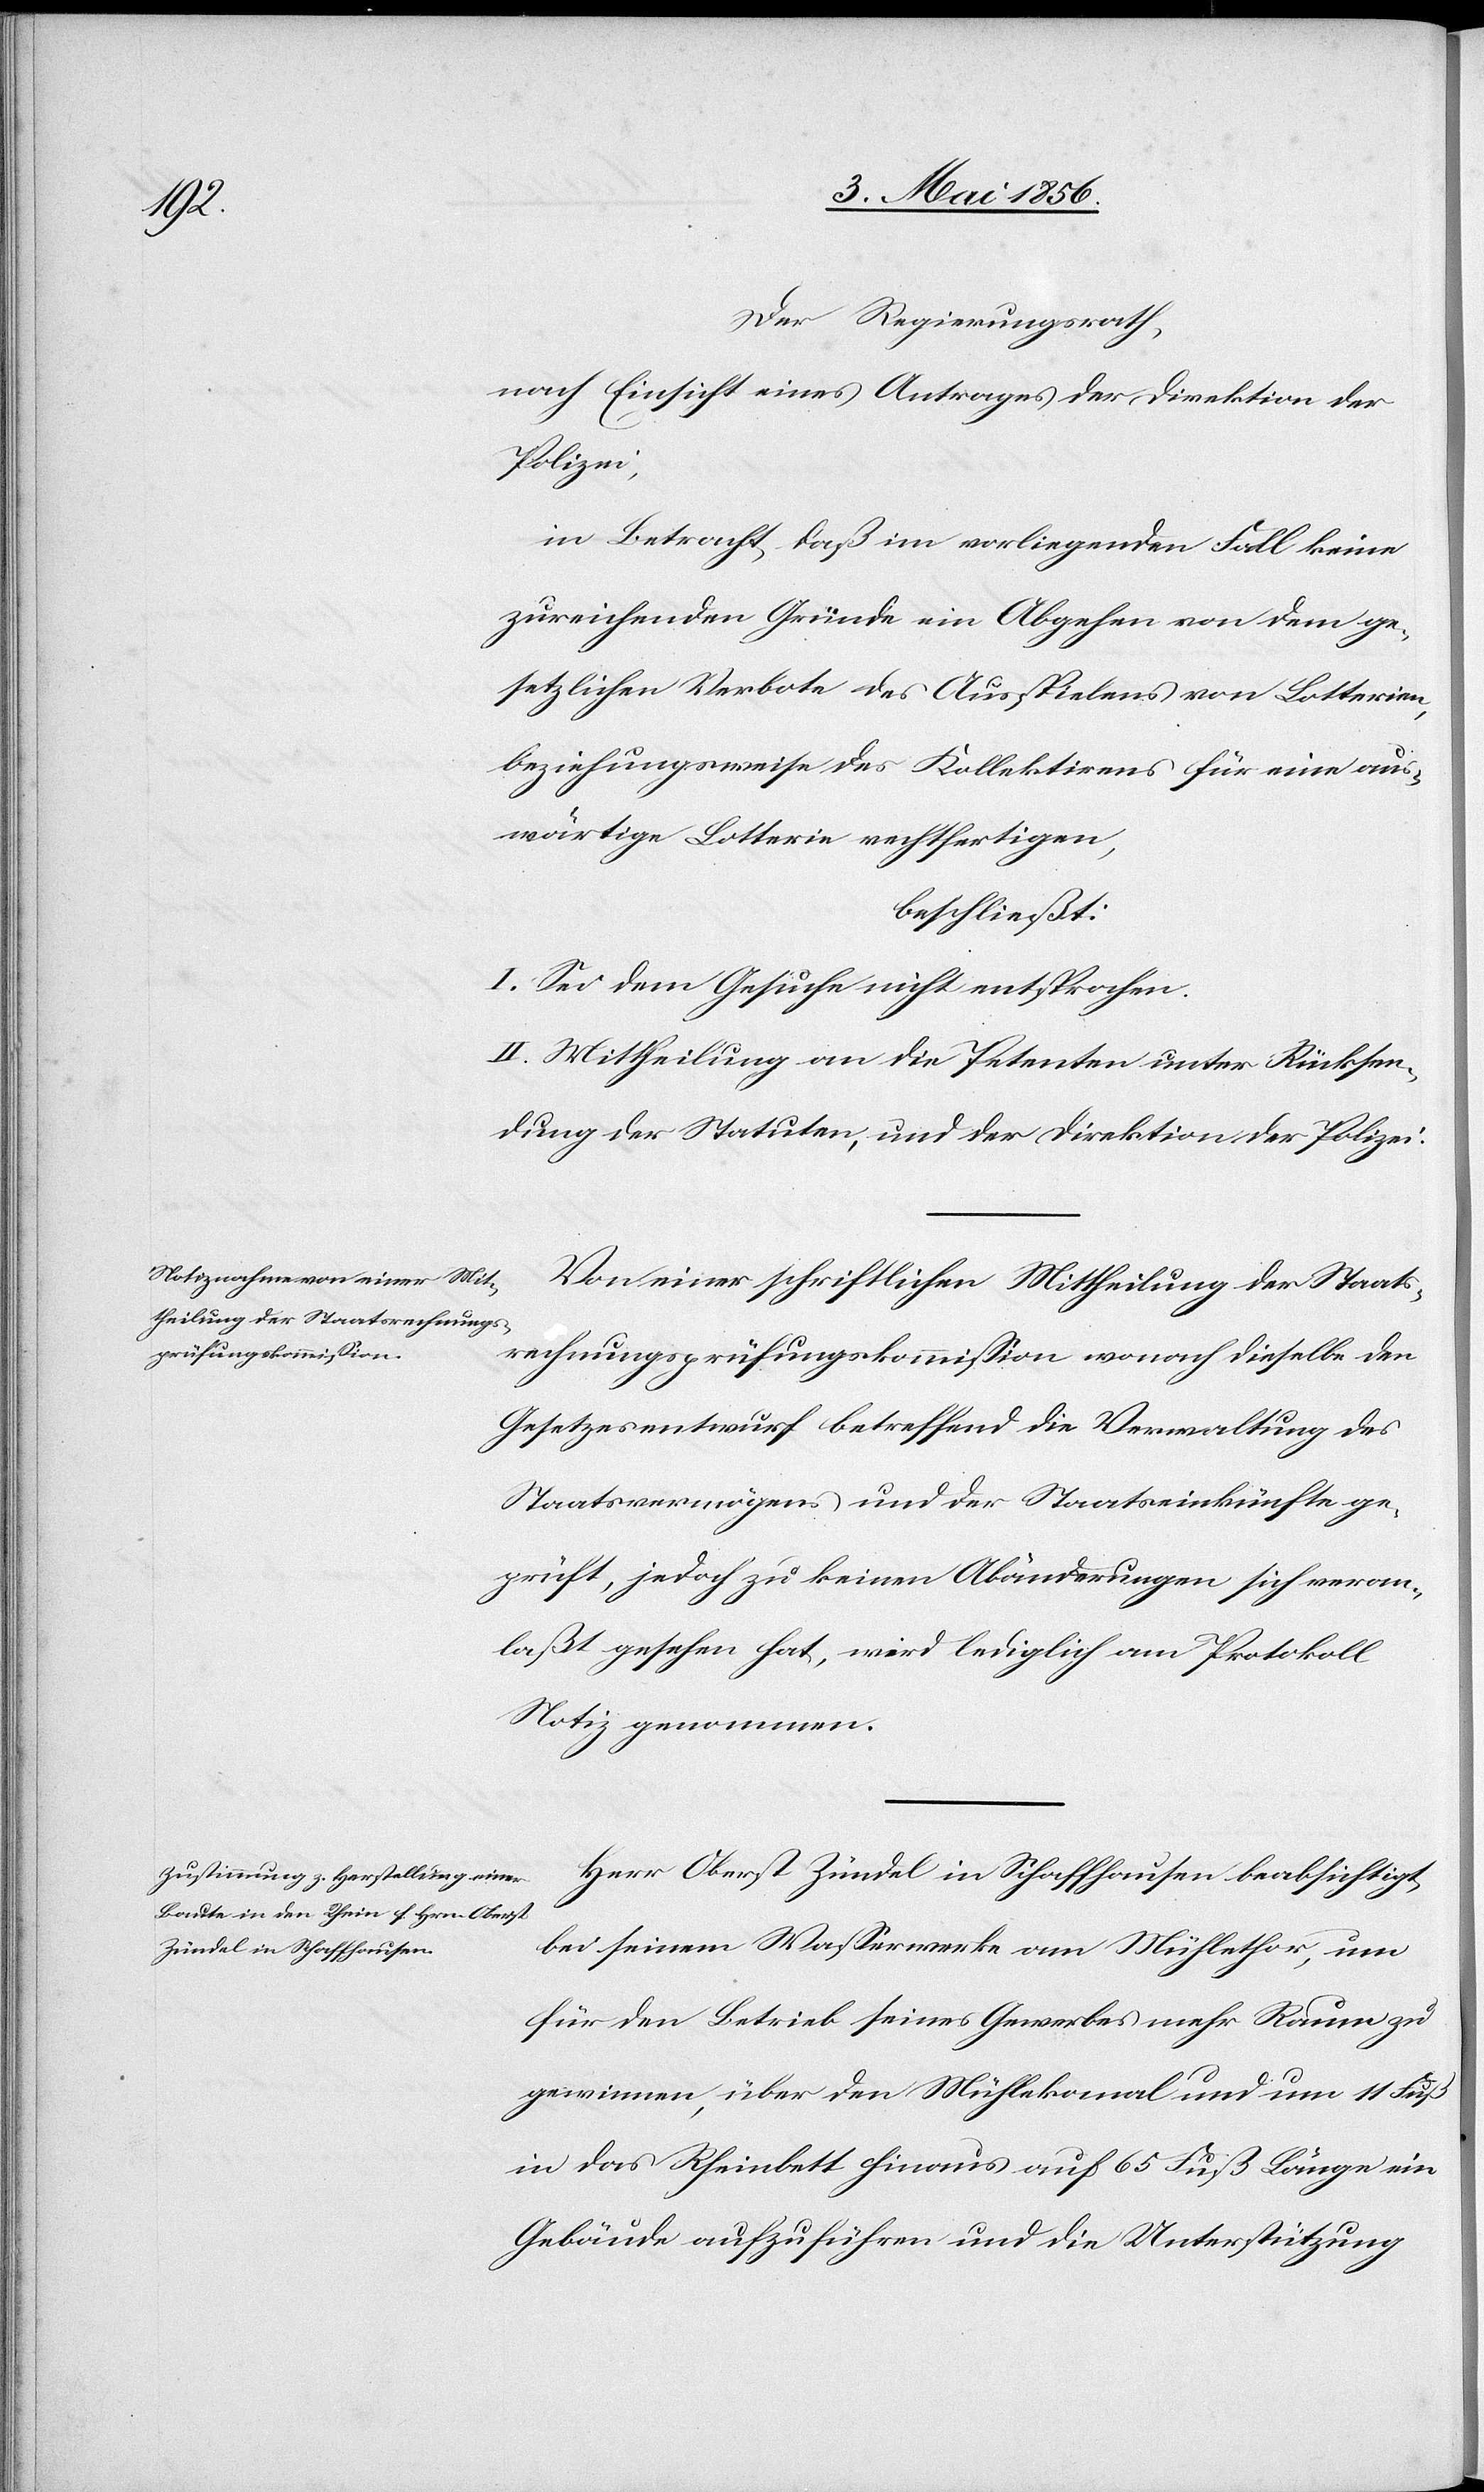
Der Regierungsrath,
nach Einsicht eines Antrages der Direktion der
Polizei,
in Betracht, daß im vorliegenden Fall keine
zureichenden Gründe ein Abgeben von dem ge¬
setzlichen Verbote des Ausspielens von Lotterien,
beziehungsweise des Kollektirens für eine aus¬
wärtige Lotterie rechtfertigen,
beschließt:
I. Sei dem Gesuche nicht entsprochen.
II. Mittheilung an die Petenten unter Rücksen¬
dung der Statuten, und der Direktion der Polizei.
Von einer schriftlichen Mittheilung der Staats¬
rechnungsprüfungskommission wonach dieselbe den
Gesetzesentwurf betreffend die Verwaltung des
Staatsvermögens und der Staatseinkünfte ge¬
prüft, jedoch zu keinen Abänderungen sich veran¬
laßt gesehen hat, wird lediglich am Protokoll
Notiz genommen.
Herr Oberst Zündel in Schaffhausen beabsichtigt,
bei seinem Wasserwerke am Mühlethor, um
für den Betrieb seines Gewerbes mehr Raum zu
gewinnen, über den Mühlekanal und um 11 Fuß
in das Rheinbett hinaus auf 65 Fuß Länge ein
Gebäude aufzuführen und die Unterstützung